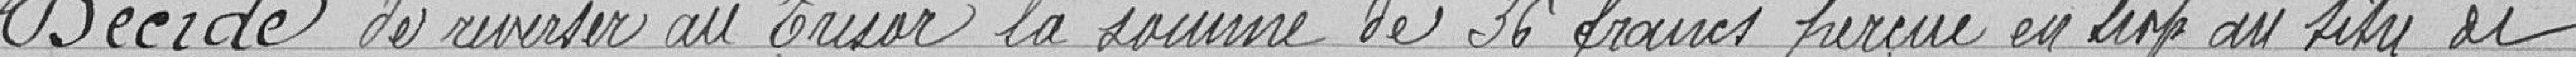
Décide de reverser au Trésor la somme de 36 francs perçue en trop au titre de